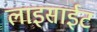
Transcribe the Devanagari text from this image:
लाइसाईट